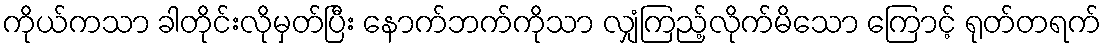
ကိုယ်ကသာ ခါတိုင်းလိုမှတ်ပြီး နောက်ဘက်ကိုသာ လျှံကြည့်လိုက်မိသော ကြောင့် ရုတ်တရက်